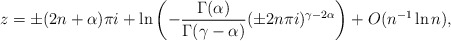
\begin{align*}z=\pm(2n+\alpha)\pi i+\ln \left(-\frac{\Gamma(\alpha)}{\Gamma(\gamma-\alpha)}(\pm2n\pi i)^{\gamma-2\alpha}\right)+O(n^{-1}\ln n),\end{align*}